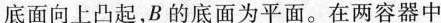
底面向上凸起，B的底面为平面。在两容器中